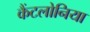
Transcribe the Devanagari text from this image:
कैंटलोनिया